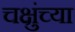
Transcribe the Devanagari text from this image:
चक्षुंच्या